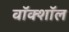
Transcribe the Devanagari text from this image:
वॉक्शॉल